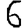
Digit: 6